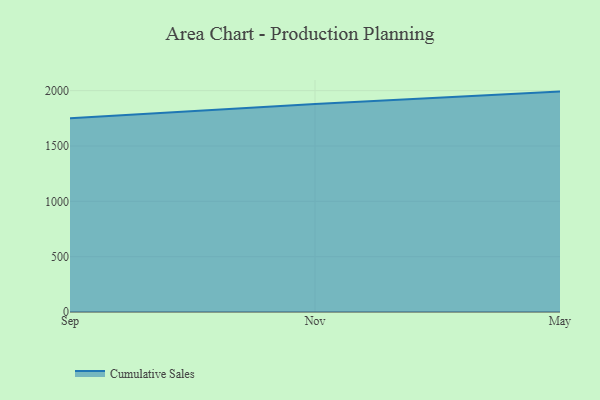
{"axis": {"x": "Month", "y": "Population (Million)"}, "legend": ["Cumulative Sales"], "data": [{"x": "Sep", "y": 1750.8, "type": "Cumulative Sales"}, {"x": "Nov", "y": 1878.7, "type": "Cumulative Sales"}, {"x": "May", "y": 1991.2, "type": "Cumulative Sales"}]}